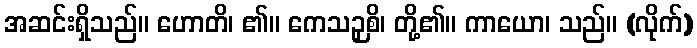
အဆင်းရှိသည်။ ဟောတိ၊ ၏။ ကေသဉှစိ၊ တို့၏။ ကာယော၊ သည်။ (လိုက်)